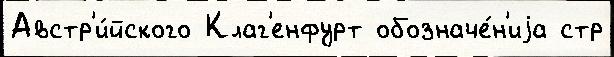
Австр'и́йского Клаг'енфурт обозначе́н'иjа стр